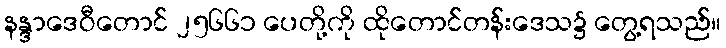
နန္ဒာဒေဝီတောင် ၂၅၆၆၁ ပေတို့ကို ထိုတောင်တန်းဒေသ၌ တွေ့ရသည်။